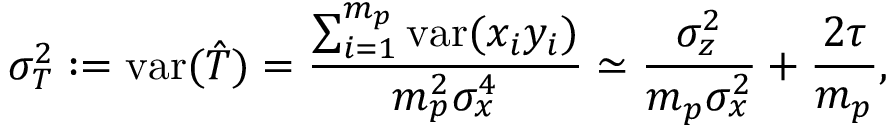
\sigma _ { T } ^ { 2 } : = \mathrm { v a r } ( \hat { T } ) = \frac { \sum _ { i = 1 } ^ { m _ { p } } \mathrm { v a r } ( x _ { i } y _ { i } ) } { m _ { p } ^ { 2 } \sigma _ { x } ^ { 4 } } \simeq \frac { \sigma _ { z } ^ { 2 } } { m _ { p } \sigma _ { x } ^ { 2 } } + \frac { 2 \tau } { m _ { p } } ,